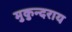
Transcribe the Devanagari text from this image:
मुकुन्दराय